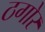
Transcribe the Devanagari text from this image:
ठगोर